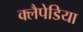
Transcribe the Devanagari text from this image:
क्लैपेडिया